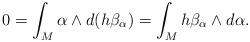
LaTeX: \begin{align*}0 = \int_M \alpha \wedge d (h \beta_\alpha) = \int_M h \beta_\alpha \wedge d \alpha.\end{align*}